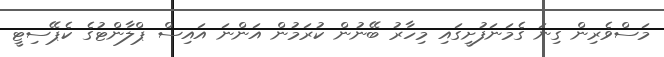
މަސްވެރިން ގިނަ ގެމަނަފުށީގައި މިހާރު ބޭނުން ކުރަމުން އަންނަ އައިސް ޕްލާންޓުގެ ކެޕޭސިޓީ